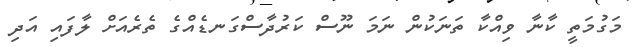
މަގުމަތީ ކާނާ ވިއްކާ ތަނަކުން ނަމަ ނޫސް ކަރުދާސްގަނޑެއްގެ ތެރެއަށް ލާފައި އަދި